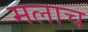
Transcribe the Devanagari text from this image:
मलाच